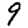
Digit: 9